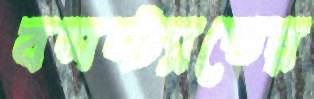
বসস্ট্যান্ডের